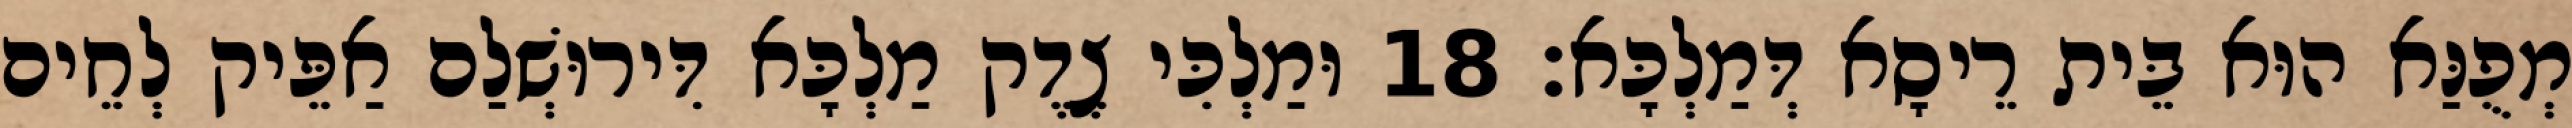
מְפֻנַּא הוּא בֵּית רֵיסָא דְּמַלְכָּא׃ 18 וּמַלְכִּי צֶדֶק מַלְכָּא דִּירוּשְׁלַם אַפֵּיק לְחֵים